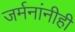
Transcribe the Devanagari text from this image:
जर्मनांनीही